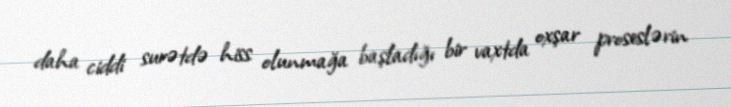
daha ciddi surətdə hiss olunmağa başladığı bir vaxtda oxşar proseslərin